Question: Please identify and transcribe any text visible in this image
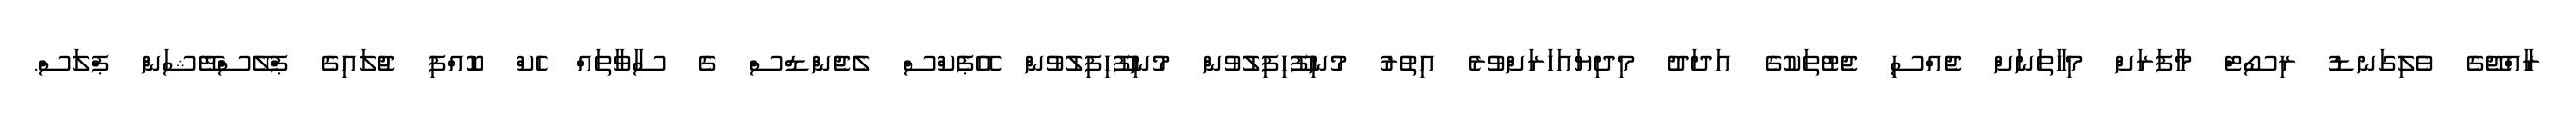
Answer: ރާއްޖޭގެ ވެލިގަނޑު ރިސޯޓް މާފަރަށް މިހާތަނަށް ޖެއްސި ޖެޓުތަކުގެ އަދަދު މިދިޔައަހަރަށްވުރެ އިތުރު މުނިފޫހިފިލުވުން މުނިފޫހިފިލުވުން އޭޕެކްސް ލެޖެންޑްސް ގެ ސާވާތައް ހެކް ކޮއްފި ޖުލައިގެ ޕްލޭސްްޓޭޝަން ޕްލަސް.